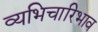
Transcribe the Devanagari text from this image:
व्यभिचारिभाव